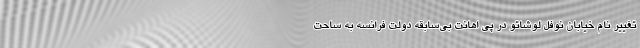
تغییر نام خیابان نوفل لوشاتو در پی اهانت بی‌سابقه دولت فرانسه به ساحت